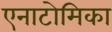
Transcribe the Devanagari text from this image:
एनाटोमिका